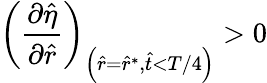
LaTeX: \left(\frac{\partial\hat{\eta}}{\partial\hat{r}}\right)_{\left(\hat{r}=\hat{r}^{*},\hat{t}<T/4\right)}>0